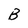
Character: B